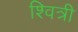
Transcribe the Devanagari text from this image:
श्वित्री